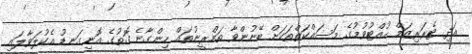
އަދި ޓެރަރިޒަމް ހުއްޓުވުމުގެ މަސައްކަތްތަކަށް ބޭނުންވާ ތަމްރީނުތައް ހިންގާނެ ގޮތުގެ އޮނިގަނޑު އެކުލަވާލައި